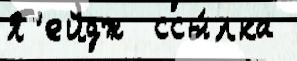
П'ейдж  ссы́лка